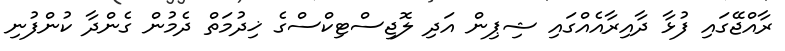
ރާއްޖޭގައި ފުޅާ ދާއިރާއެއްގައި ޝިޕިން އަދި ލޮޖިސްޓިކްސްގެ ޚިދުމަތް ދެމުން ގެންދާ ކުންފުނި